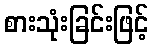
စားသုံးခြင်းဖြင့်